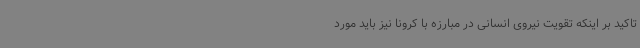
تاکید بر اینکه تقویت نیروی انسانی در مبارزه با کرونا نیز باید مورد